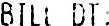
BILL DT: